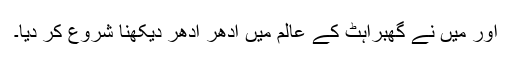
اور میں نے گھبراہٹ کے عالم میں ادھر ادھر دیکھنا شروع کر دیا۔